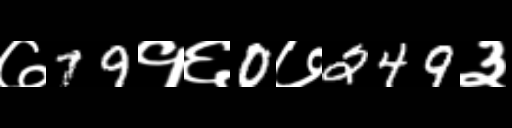
Text: ७79१६0७249३